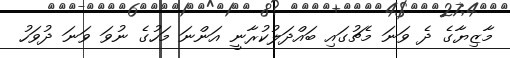
މާޒިޔާގެ ދެ ވަނަ މެޗުގައި ބައްދަލުކުރާނީ އަންނަ މަހުގެ ނުވަ ވަނަ ދުވަހު